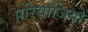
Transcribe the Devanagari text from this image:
परियोजियों